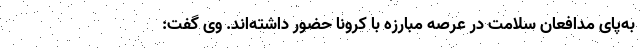
به‌پای مدافعان سلامت در عرصه مبارزه با کرونا حضور داشته‌اند. وی گفت: